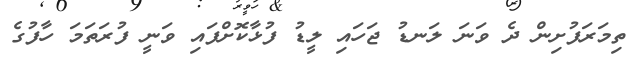
ތިމަރަފުށިން ދެ ވަނަ ލަނޑު ޖަހައި ލީޑު ފުޅާކޮށްފައި ވަނީ ފުރަތަމަ ހާފުގެ